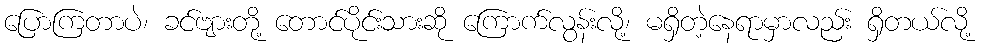
ပြောကြတာပဲ၊ ခင်ဗျားတို့ တောင်ပိုင်းသားဆို ကြောက်လွန်းလို့၊ မရှိတဲ့နေရာမှာလည်း ရှိတယ်လို့